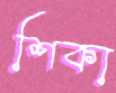
শিকা